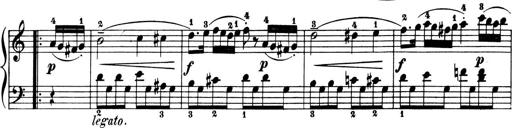
Title: 6 Piano Sonatinas
Composer: Cornelius Gurlitt